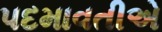
પદમાવતીએ